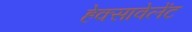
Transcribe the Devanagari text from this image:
हेक्सावेलेंट